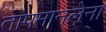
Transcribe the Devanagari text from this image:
तापमानलेना